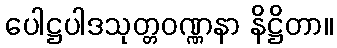
ပေါဋ္ဌပါဒသုတ္တဝဏ္ဏနာ နိဋ္ဌိတာ။